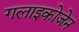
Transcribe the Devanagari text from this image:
गलाइकोजेन